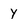
Character: Y